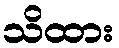
သိထား